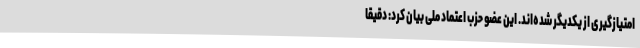
امتیازگیری از یکدیگر شده‌اند. اين عضو حزب اعتماد ملى بیان کرد: دقیقا